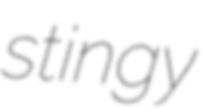
stingy